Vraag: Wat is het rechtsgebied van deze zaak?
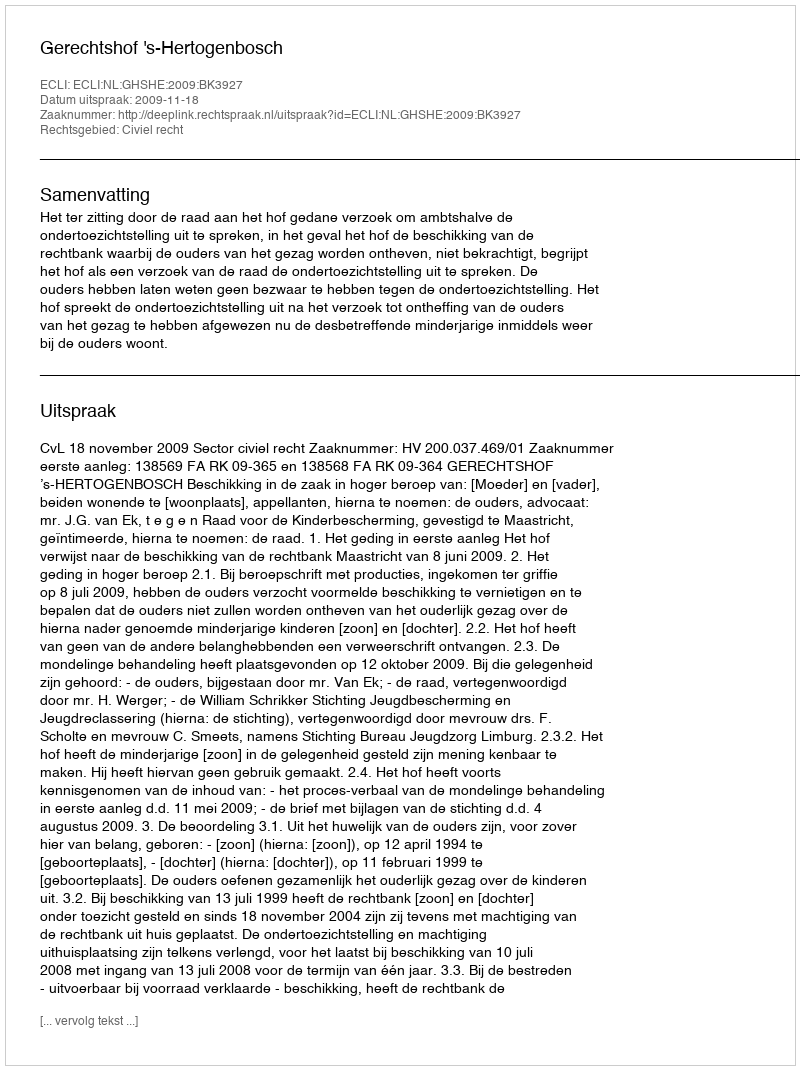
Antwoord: Civiel recht